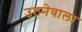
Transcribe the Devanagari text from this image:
उठनेवाला